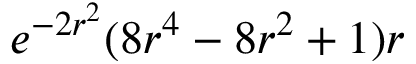
e ^ { - 2 r ^ { 2 } } ( 8 r ^ { 4 } - 8 r ^ { 2 } + 1 ) r